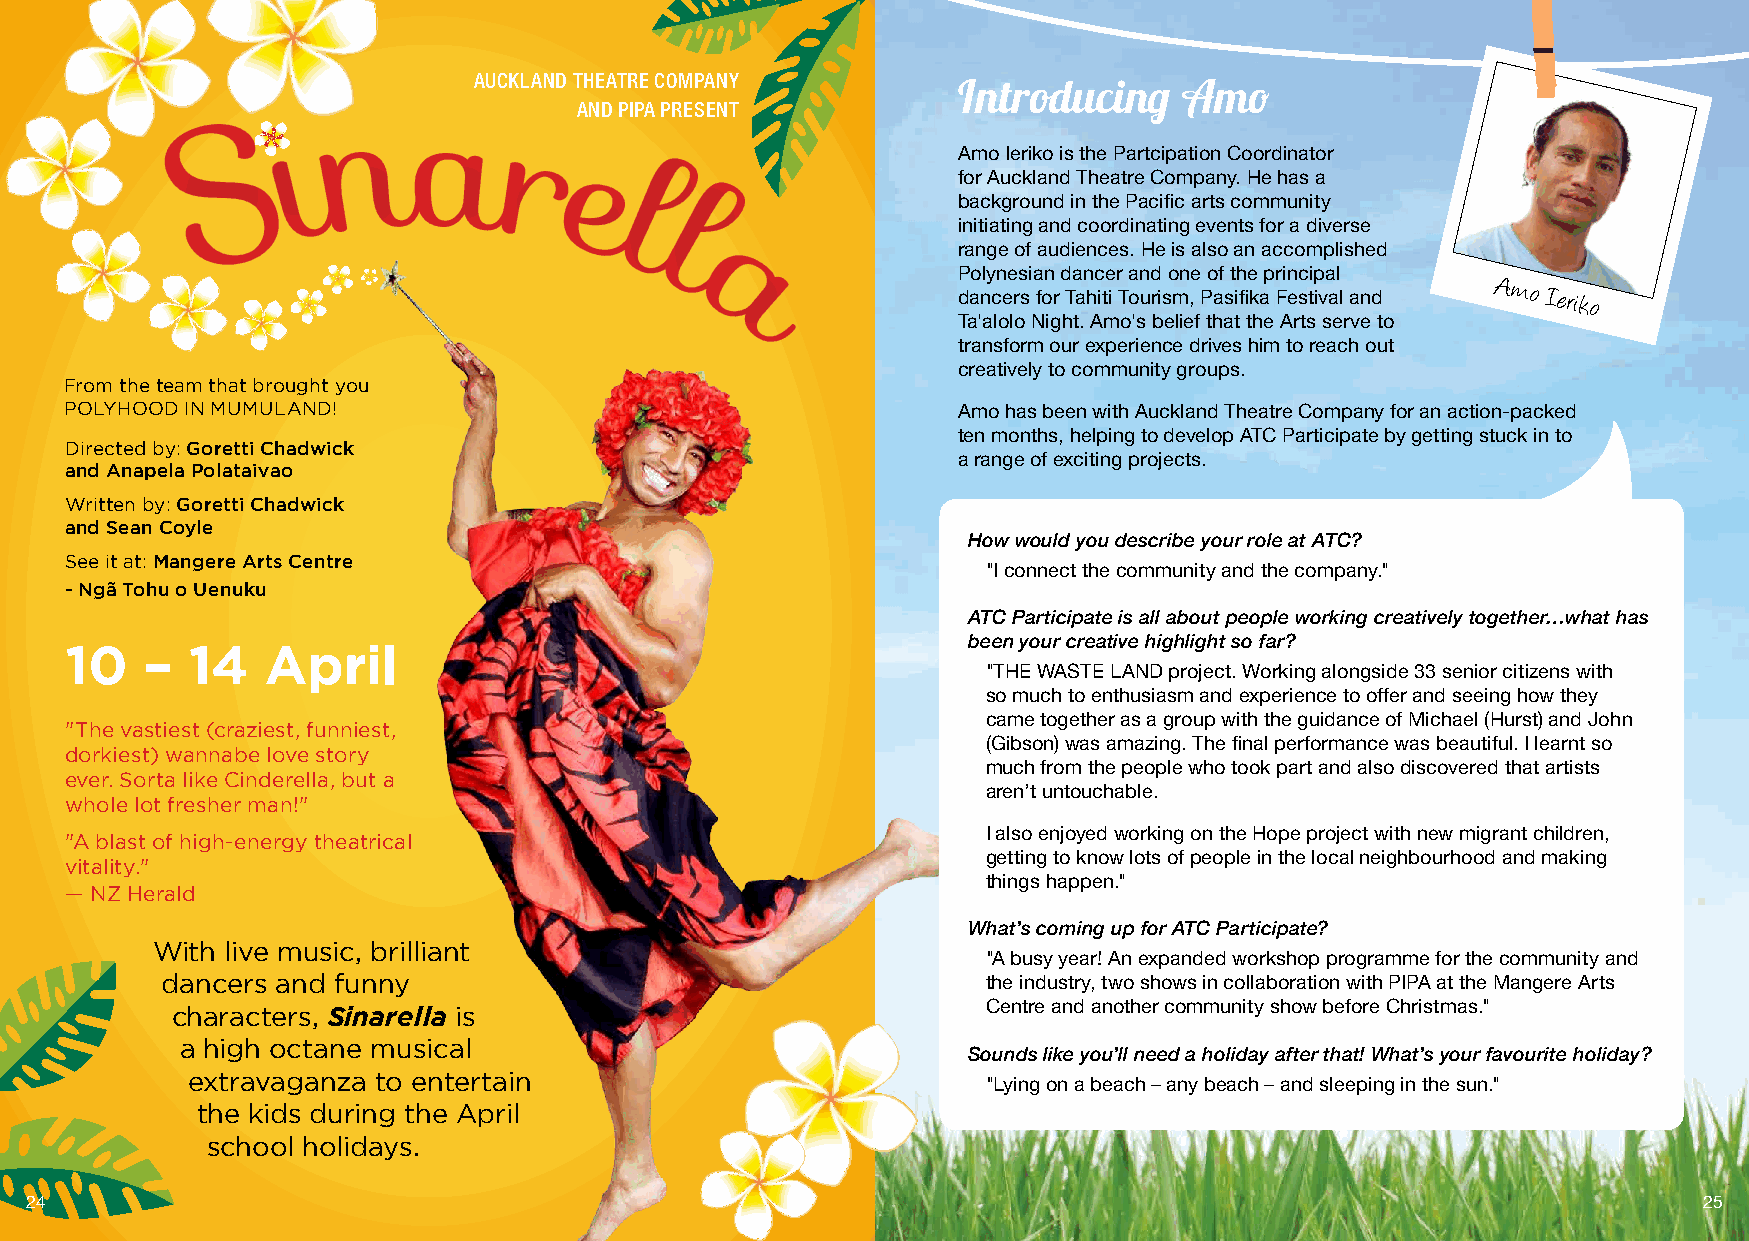
AUCKLAND THEATRE COMPANY
 Introducing    Amo
 AND PIPA PRESENT
 Amo Ieriko is the Partcipation Coordinator
 for Auckland Theatre Company. He has a
 background in the Pacific arts community
 initiating and coordinating events for a diverse
 range of audiences. He is also an accomplished
 Polynesian dancer and one of the principal
 dancers for Tahiti Tourism, Pasifika Festival and
 Amo
 Ieriko
 Ta'alolo Night. Amo's belief that the Arts serve to
 transform our experience drives him to reach out
 creatively to community groups.
 From the team that brought you
 POLYHOOD IN MUMULAND!                                      Amo has been with Auckland Theatre Company for an action-packed
 ten months, helping to develop ATC Participate by getting stuck in to
 Directed by: Goretti Chadwick
 a range of exciting projects.
 and Anapela Polataivao
 Written by: Goretti Chadwick
 and Sean Coyle
 How would you describe your role at ATC?
 See it at: Mangere Arts Centre
 "I connect the community and the company."
 - Ngã Tohu o Uenuku
 ATC Participate is all about people working creatively together…what has
 been your creative highlight so far?
 10    – 14    April
 "THE WASTE LAND project. Working alongside 33 senior citizens with
 so much to enthusiasm and experience to offer and seeing how they
 came together as a group with the guidance of Michael (Hurst) and John
 "The vastiest (craziest, funniest,
 (Gibson) was amazing. The final performance was beautiful. I learnt so
 dorkiest) wannabe love story
 much from the people who took part and also discovered that artists
 ever. Sorta like Cinderella, but a
 aren’t untouchable.
 whole lot fresher man!"
 I also enjoyed working on the Hope project with new migrant children,
 "A blast of high-energy theatrical
 getting to know lots of people in the local neighbourhood and making
 vitality."
 things happen."
 — NZ Herald
 What’s coming up for ATC Participate?
 With live music, brilliant
 "A busy year! An expanded workshop programme for the community and
 dancers and funny                                     the industry, two shows in collaboration with PIPA at the Mangere Arts
 characters, Sinarella is                              Centre and another community show before Christmas."
 a high octane musical
 Sounds like you’ll need a holiday after that! What’s your favourite holiday?
 extravaganza to entertain
 "Lying on a beach – any beach – and sleeping in the sun."
 the kids during the April
 school holidays.
 24                                                                                                             25